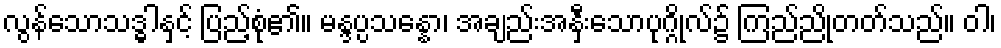
လွန်သောသဒ္ဓါနှင့် ပြည့်စုံ၏။ မန္ဒပ္ပသန္နော၊ အချည်းအနှီးသောပုဂ္ဂိုလ်၌ ကြည်ညိုတတ်သည်။ ဝါ၊